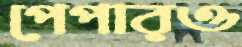
পেপারও